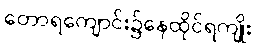
တောရကျောင်း၌နေထိုင်ရကျိုး